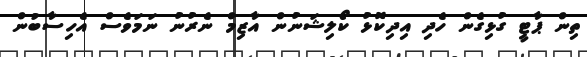
ތިން ޕާޓީ ގުޅިގެން ހެދި އިދިކޮޅު ކޯލިޝަނުން އާޒިމް ނެރުނު ނަމަވެސް އެހިސާބުން